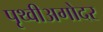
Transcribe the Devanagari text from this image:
पृथ्वीअगोदर